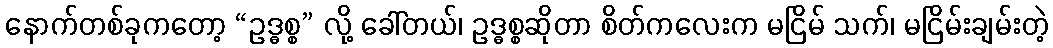
နောက်တစ်ခုကတော့ “ဥဒ္ဓစ္စ” လို့ ခေါ်တယ်၊ ဥဒ္ဓစ္စဆိုတာ စိတ်ကလေးက မငြိမ် သက်၊ မငြိမ်းချမ်းတဲ့